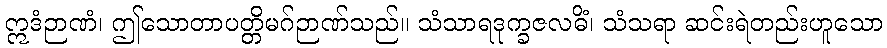
ဣဒံဉာဏံ၊ ဤသောတာပတ္တိမဂ်ဉာဏ်သည်။ သံသာရဒုက္ခဇလဓိံ၊ သံသရာ ဆင်းရဲတည်းဟူသော